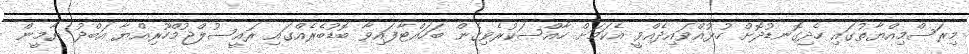
މިރަސްމިއްޔާތުގައި ހެދިގޮނޑުދޮށް ހުޅުއްވައިދެއްވީ އެކަމަށް ހާއްސަކުރެވިގެން ބަހައްޓާފައިވާ ބޮޑުބެރެއްގައި ރައީސުލްޖުމްހޫރިއްޔާ އަބްދު ޔާމީން